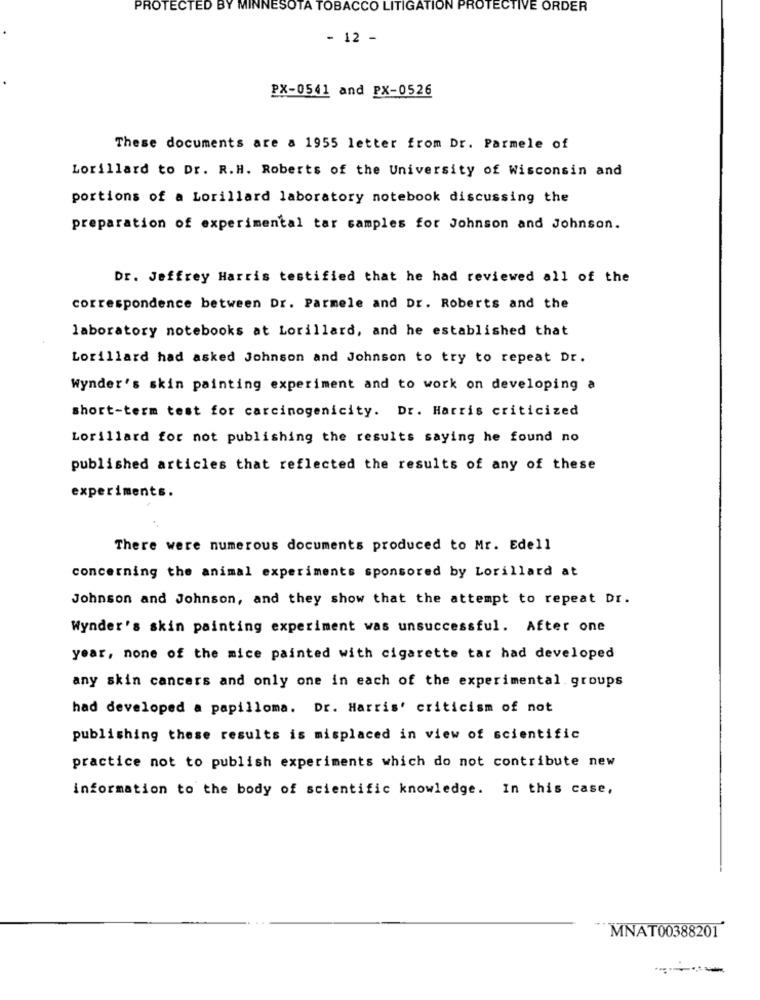
PROTECTED BY MINNESOTA TOBACCO LITIGATION PROTECTIVE ORDER
- 12 -
PX-0541 and PX-0526
These documents are a 1955 letter from Dr. Parmele of
Lorillard to Dr. R.H. Roberts of the University of Wisconsin and
portions of a Lorillard laboratory notebook discussing the
preparation of experimental tar samples for Johnson and Johnson.
Dr. Jeffrey Harris testified that he had reviewed all of the
correspondence between Dr. Parmele and Dr. Roberts and the
laboratory notebooks at Lorillard, and he established that
Lorillard had asked Johnson and Johnson to try to repeat Dr.
Wynder's skin painting experiment and to work on developing a
short-term test for carcinogenicity. Dr. Harris criticized
Lorillard for not publishing the results saying he found no
published articles that reflected the results of any of these
experiments.
There were numerous documents produced to Mr. Edell
concerning the animal experiments sponsored by Lorillard at
Johnson and Johnson, and they show that the attempt to repeat Dr.
Wynder's skin painting experiment was unsuccessful. After one
year, none of the mice painted with cigarette tar had developed
any skin cancers and only one in each of the experimental groups
had developed a papilloma. Dr. Harris' criticism of not
publishing these results is misplaced in view of scientific
practice not to publish experiments which do not contribute new
information to the body of scientific knowledge. In this case,
MNAT00388201